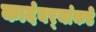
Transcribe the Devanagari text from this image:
कादंबर्‍यांकडे